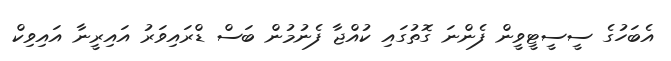
އެބަހުގެ ސީސީޓީވީން ފެންނަ ގޮތުގައި ކުއްޖާ ފެނުމުން ބަސް ޑްރައިވަރު އައިރީނާ އައިވިކް